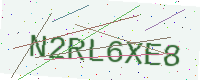
Text: N2RL6XE8